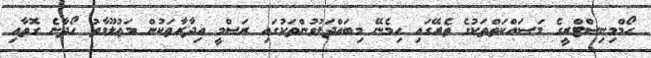
ހޯމްމިނިސްޓްރީގެ މަސައްކަތްތަކުގެ ތެރޭގައި ހިމެނޭ މިބައްދަލުވުންތަކުގައި ރަސްމީ އިދާރާތަކުން މަޢުލޫމާތު ހޯދާނެ ގޮތާއި